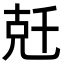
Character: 兛